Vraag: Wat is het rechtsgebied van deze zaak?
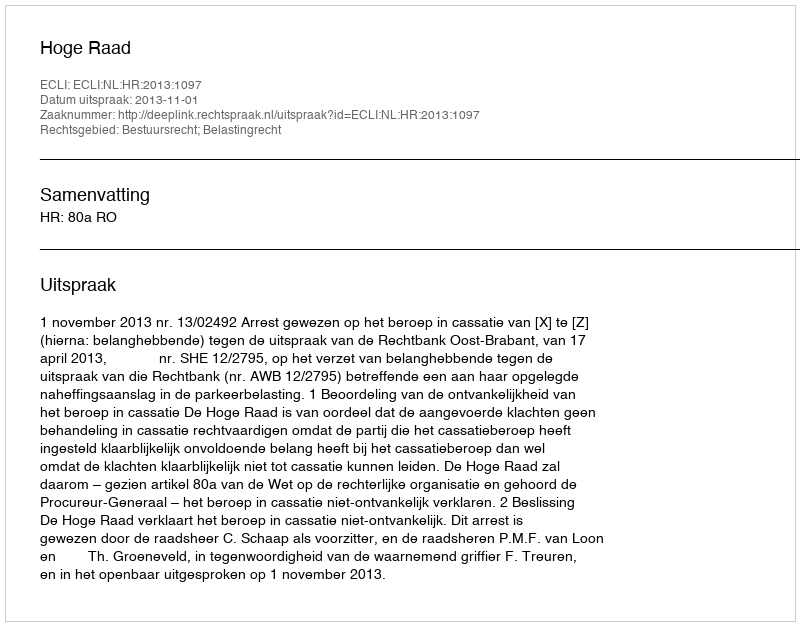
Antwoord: Bestuursrecht; Belastingrecht